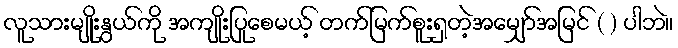
လူသားမျိုးနွယ်ကို အကျိုးပြုစေမယ့် တက်မြက်စူးရှတဲ့အမျှော်အမြင် ( ) ပါဘဲ။